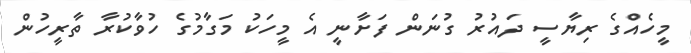
މީހެއްގެ ރިޔާސީ ދައުރު ގުނަން ފަށާނީ އެ މީހަކު މަގާމުގެ ހުވާކުރާ ތާރީހުން